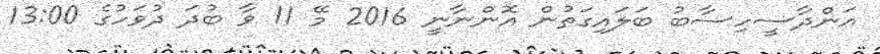
އަންދާސީހިސާބު ބަލައިގަތުން އޮންނާނީ 2016 މޭ 11 ވާ ބުދަ ދުވަހުގެ 13:00